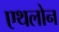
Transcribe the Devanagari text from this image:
एथलोन